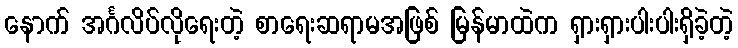
နောက် အင်္ဂလိပ်လိုရေးတဲ့ စာရေးဆရာမအဖြစ် မြန်မာထဲက ရှားရှားပါးပါးရှိခဲ့တဲ့